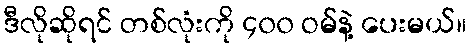
ဒီလိုဆိုရင် တစ်လုံးကို ၄၀၀ ဝမ်နဲ့ ပေးမယ်။